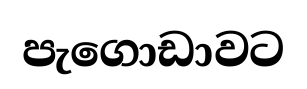
පැගොඩාවට